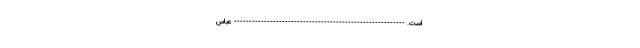
است. --------------------------------------------------------- عباس